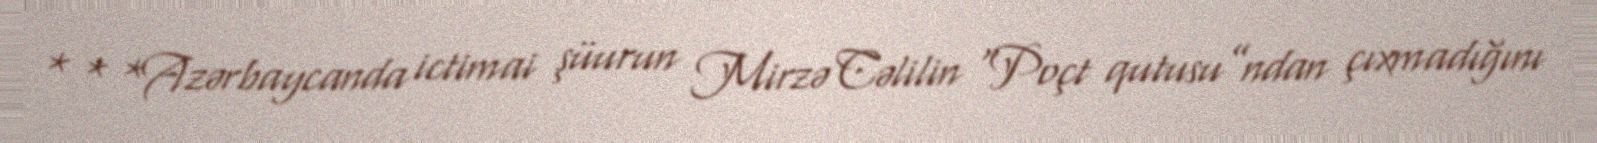
* * *Azərbaycanda ictimai şüurun Mirzə Cəlilin “Poçt qutusu”ndan çıxmadığını